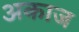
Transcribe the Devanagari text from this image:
अकाज